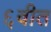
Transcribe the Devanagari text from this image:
६वीत